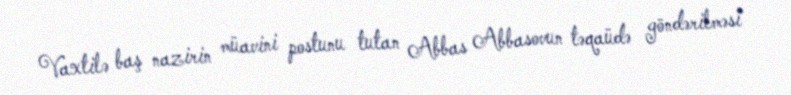
Vaxtilə baş nazirin müavini postunu tutan Abbas Abbasovun təqaüdə göndərilməsi